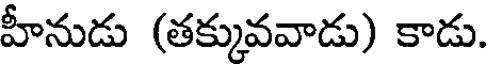
హీనుడు (తక్కువవాడు) కాడు.